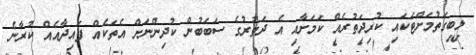
ލިބިގަތުމަށްޓަކައި ކުރިދަތުރެއް ކަމަށާއި އެ ދަތުރުގެ ސަބަބުން ކުދިންނަށް އެތަކެއް ފައިދާއެއް ކުރާނެ